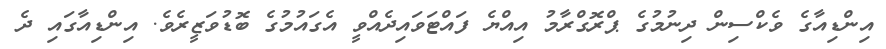
އިންޑިއާގެ ވެކްސިން ދިނުމުގެ ޕްރޮގްރާމު އިއްޔެ ފައްޓަވައިދެއްވީ އެގައުމުގެ ބޮޑުވަޒީރެވެ. އިންޑިއާގައި ދެ